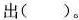
出( )。